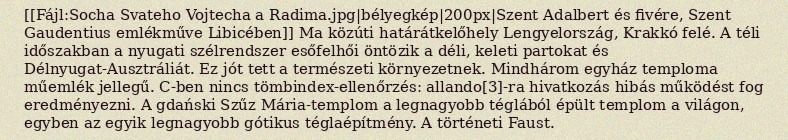
[[Fájl:Socha Svateho Vojtecha a Radima.jpg|bélyegkép|200px|Szent Adalbert és fivére, Szent Gaudentius emlékműve Libicében]] Ma közúti határátkelőhely Lengyelország, Krakkó felé. A téli időszakban a nyugati szélrendszer esőfelhői öntözik a déli, keleti partokat és Délnyugat-Ausztráliát. Ez jót tett a természeti környezetnek. Mindhárom egyház temploma műemlék jellegű. C-ben nincs tömbindex-ellenőrzés: allando[3]-ra hivatkozás hibás működést fog eredményezni. A gdański Szűz Mária-templom a legnagyobb téglából épült templom a világon, egyben az egyik legnagyobb gótikus téglaépítmény. A történeti Faust.